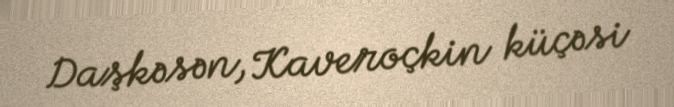
Daşkəsən, Kaveroçkin küçəsi